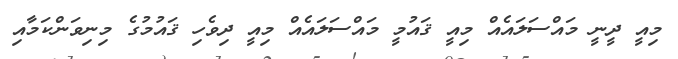
މިއީ ދީނީ މައްސަލައެއް މިއީ ޤައުމީ މައްސަލައެއް މިއީ ދިވެހި ޤައުމުގެ މިނިވަންކަމާއި